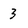
Character: 3